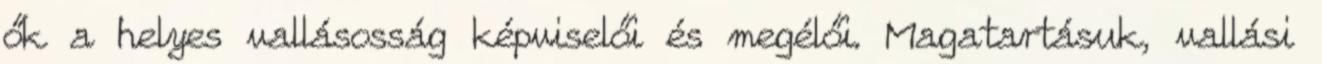
ők a helyes vallásosság képviselői és megélői. Magatartásuk, vallási